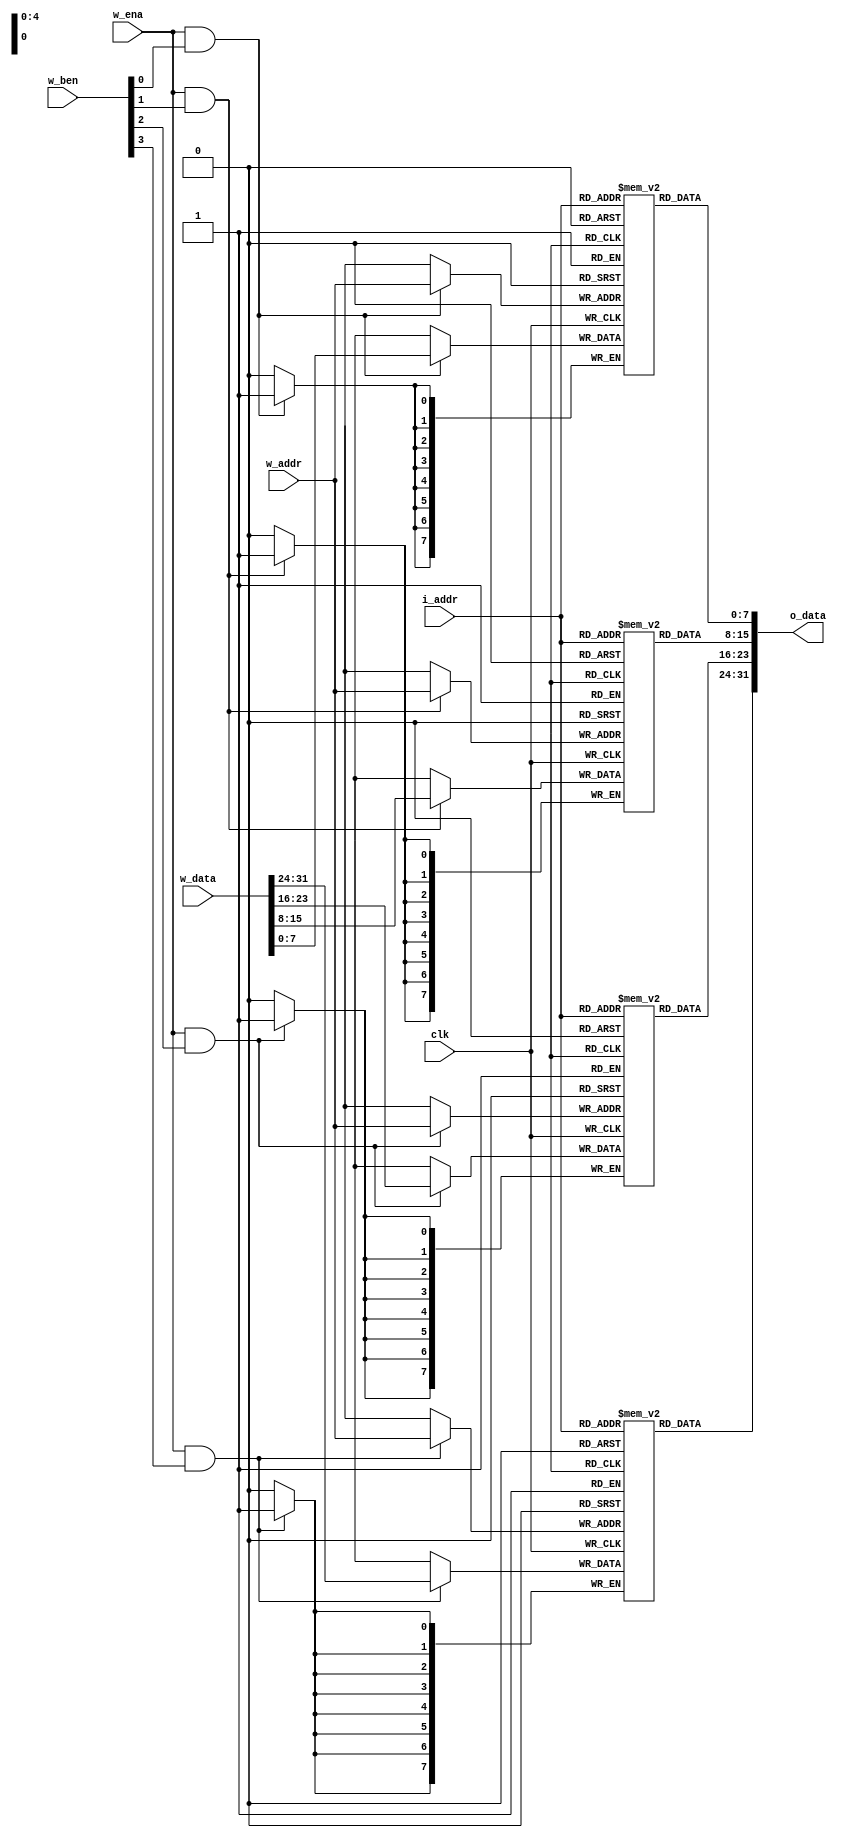
//=============================================================================
//    Main contributors
//      - Adam Luczak         <mailto:adam.luczak@outlook.com>
//=============================================================================
`default_nettype none
//-----------------------------------------------------------------------------
`timescale 1ns / 1ns                            
//=============================================================================
module eco32_core_idu_rfu_reg 
(                        
 input  wire            clk,

 input  wire     [4:0]  i_addr,

 input  wire            w_ena,     
 input  wire     [3:0]  w_ben,
 input  wire     [4:0]  w_addr,
 input  wire    [31:0]  w_data,
 
 output wire    [31:0]  o_data
);                             
//=============================================================================
// variable
//=============================================================================
reg     [7:0]   mem_b0  [0:31]; /* synthesis ramstyle = "distributed" */
reg     [7:0]   mem_b1  [0:31]; /* synthesis ramstyle = "distributed" */ 
reg     [7:0]   mem_b2  [0:31]; /* synthesis ramstyle = "distributed" */
reg     [7:0]   mem_b3  [0:31]; /* synthesis ramstyle = "distributed" */
//-----------------------------------------------------------------------------
wire            wen0    =   w_ena & w_ben[0];
wire            wen1    =   w_ena & w_ben[1];
wire            wen2    =   w_ena & w_ben[2];
wire            wen3    =   w_ena & w_ben[3];
//=============================================================================
// memory
//=============================================================================
always@(posedge clk) if(wen0) mem_b0[w_addr] <= w_data[7:0];
//-----------------------------------------------------------------------------
assign  o_data[7:0] = mem_b0[i_addr];
//=============================================================================
always@(posedge clk) if(wen1) mem_b1[w_addr] <= w_data[15:8];
//-----------------------------------------------------------------------------
assign  o_data[15:8] = mem_b1[i_addr];
//=============================================================================
always@(posedge clk) if(wen2) mem_b2[w_addr] <= w_data[23:16];
//-----------------------------------------------------------------------------
assign  o_data[23:16] = mem_b2[i_addr];
//=============================================================================
always@(posedge clk) if(wen3) mem_b3[w_addr] <= w_data[31:24];
//-----------------------------------------------------------------------------
assign  o_data[31:24] = mem_b3[i_addr];
//=============================================================================
endmodule